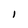
Character: I